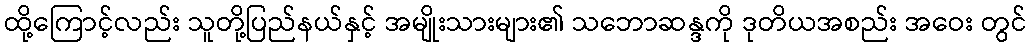
ထို့ကြောင့်လည်း သူတို့ပြည်နယ်နှင့် အမျိုးသားများ၏ သဘောဆန္ဒကို ဒုတိယအစည်း အဝေး တွင်